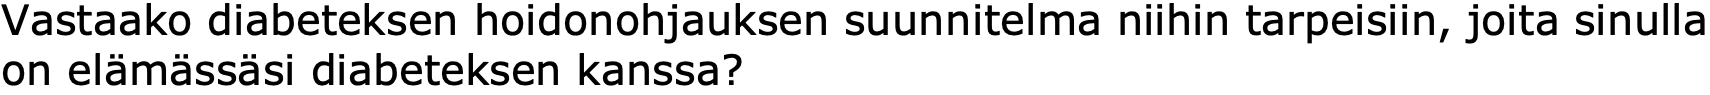
Vastaako diabeteksen hoidonohjauksen suunnitelma niihin tarpeisiin, joita sinulla on elämässäsi diabeteksen kanssa?